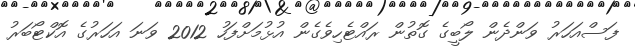
ފަސްއަހަރު ވަންދެން ލޯބީގެ ގޮތުން ރައްޓެހިވެގެން އުޅުމަށްފަހު 2012 ވަނަ އަހަރުގެ އޮކްޓޯބަރު